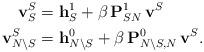
LaTeX: \begin{align*}\mathbf{v}_{S}^{S} &= \mathbf{h}_{S}^1 + \beta \, \mathbf{P}_{S N}^{1} \, \mathbf{v}^{S} \\\mathbf{v}_{N \setminus S}^{S} & = \mathbf{h}_{N \setminus S}^0 + \beta \, \mathbf{P}_{N \setminus S, N}^{0} \, \mathbf{v}^{S}.\end{align*}